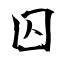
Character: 囚